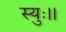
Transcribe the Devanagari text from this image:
स्युः।।